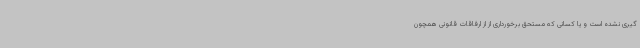
گیری نشده است و یا کسانی که مستحق برخورداری از از ارفاقات قانونی همچون